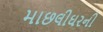
માછલીઘરની